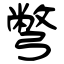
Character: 彆